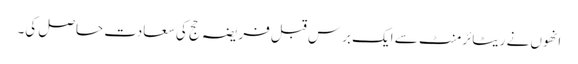
انھوں نے ریٹائرمنٹ سے ایک برس قبل فریضہ حج کی سعادت حاصل کی۔